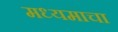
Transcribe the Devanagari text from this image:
मध्यमाचा